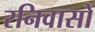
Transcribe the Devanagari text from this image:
रनिवासों